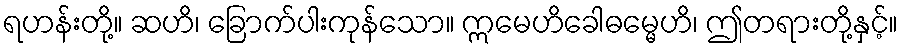
ရဟန်းတို့။ ဆဟိ၊ ခြောက်ပါးကုန်သော။ ဣမေဟိခေါဓမ္မေဟိ၊ ဤတရားတို့နှင့်။